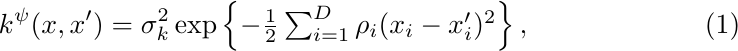
\begin{align} \label{eq:sekernel}
    k^\psi( x, x' ) = \sigma_k^2 \exp\left\lbrace -\textstyle\frac{1}{2} \sum_{i=1}^D \rho_i (x_i - x'_i)^2 \right\rbrace,
\end{align}